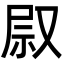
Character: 叞